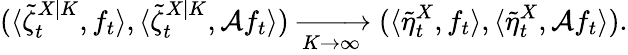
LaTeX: (\langle\tilde{\zeta}_{t}^{X|K},f_{t}\rangle,\langle\tilde{\zeta}_{t}^{X|K},\mathcal{A}f_{t}\rangle)\xrightarrow[K\to\infty]{}(\langle\tilde{\eta}_{t}^{X},f_{t}\rangle,\langle\tilde{\eta}_{t}^{X},\mathcal{A}f_{t}\rangle).